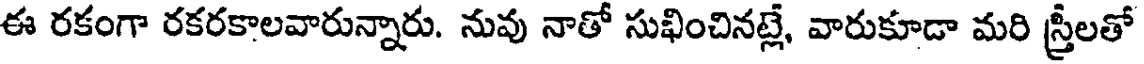
ఈ రకంగా రకరకాలవారున్నారు. నువు నాతో సుఖించినట్లే, వారుకూడా మరి స్త్రీలతో